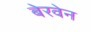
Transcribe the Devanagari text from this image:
बेरवेन